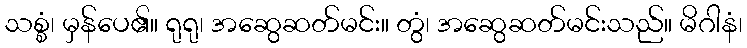
သစ္စံ၊ မှန်ပေ၏။ ရုရု၊ အဆွေဆတ်မင်း။ တွံ၊ အဆွေဆတ်မင်းသည်။ မိဂါနံ၊